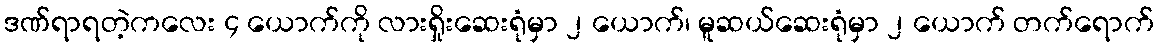
ဒဏ်ရာရတဲ့ကလေး ၄ ယောက်ကို လားရှိုးဆေးရုံမှာ ၂ ယောက်၊ မူဆယ်ဆေးရုံမှာ ၂ ယောက် တက်ရောက်